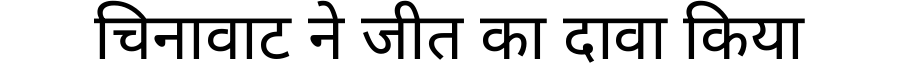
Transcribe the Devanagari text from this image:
चिनावाट ने जीत का दावा किया